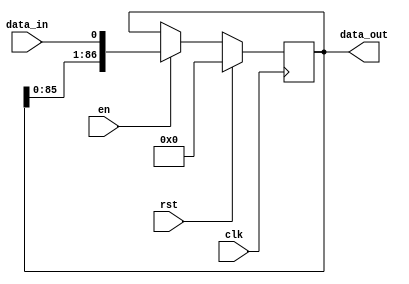
module shift_register
#(parameter WIDTH = 87)
(
	clk,
	rst,
	en,
	data_in,
	data_out
);
	input clk;
	input rst;
	input en;
	input data_in;

	output[WIDTH-1:0] data_out;

	reg[WIDTH-1:0] data;

	always @(posedge clk) begin
		if (rst) begin
			data <= {WIDTH{1'b0}};
		end
		else if (en) begin
			data <= {data[WIDTH-2:0],data_in};
		end
	end

	assign data_out = data;

endmodule